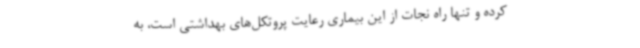
کرده و تنها راه نجات از این بیماری رعایت پروتکل‌های بهداشتی است، به